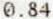
0.84